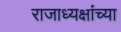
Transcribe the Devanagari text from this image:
राजाध्यक्षांच्या